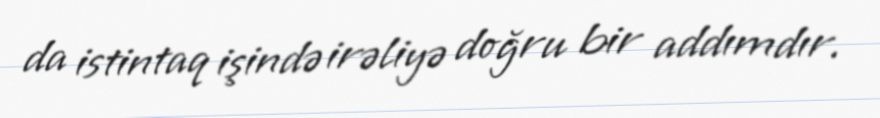
da istintaq işində irəliyə doğru bir addımdır.